Report on the Nagpur School of Medicine, Central Provinces
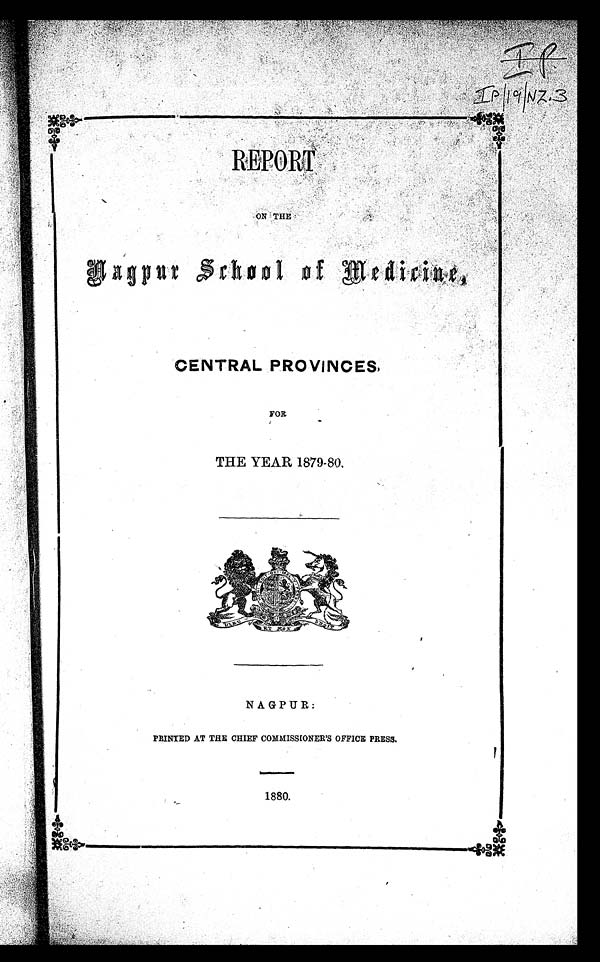
RE.PORT
ON THE
Nagpur School of Medicinre,
CENTRAL PROVINCES,
FOR
THE YEAR 1879-80,
NAGPUR:
PRINTED AT THE CHIEF COMMISSIONER'S OFFICE PRESS.
1880.